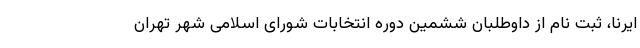
ایرنا، ثبت نام از داوطلبان ششمین دوره انتخابات شورای اسلامی شهر تهران